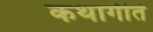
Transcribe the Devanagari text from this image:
कथागीते